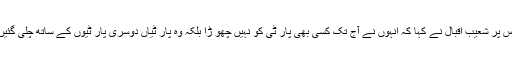
اس پر شعیب اقبال نے کہا کہ انہوں نے آج تک کسی بھی پار ٹی کو نہیں چھو ڑا بلکہ وہ پار ٹیاں دوسری پار ٹیوں کے ساتھ چلی گئیں۔